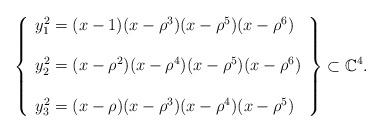
LaTeX: \begin{align*}\left\{\begin{array}{lcl}y_{1}^{2}=(x-1)(x-\rho^3)(x-\rho^5)(x-\rho^6)\\\\y_{2}^{2}=(x-\rho^{2})(x-\rho^4)(x-\rho^5)(x-\rho^6)\\\\y_{3}^{2}=(x-\rho)(x-\rho^3)(x-\rho^4)(x-\rho^5)\end{array}\right\} \subset {\mathbb C}^{4}.\end{align*}